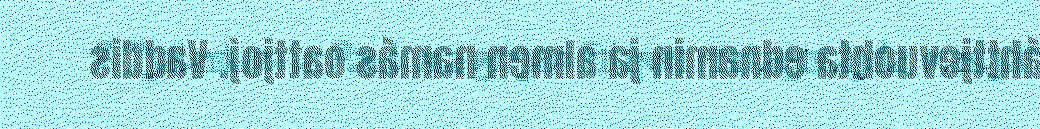
R Tjáledum le Paulusa girjen Filippi ristagisájda, nælját